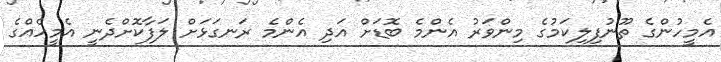
އެމީހުންގެ ތޫނުފިލިކަމުގެ މިންވަރު އެންމެ ބޮޑަށް އަދި އެންމެ ރަނގަޅަށް ލަފާކޮށްދެނީ އެމީހެއްގެ